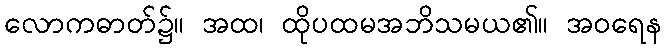
လောကဓာတ်၌။ အထ၊ ထိုပထမအဘိသမယ၏။ အဝရေန